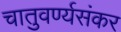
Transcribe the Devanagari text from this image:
चातुवर्ण्यसंकर